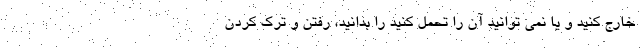
خارج کنید و یا نمی توانید آن را تحمل کنید را بدانید، رفتن و ترک کردن